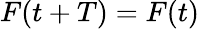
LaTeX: F(t+T)=F(t)